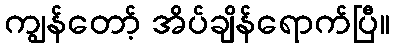
ကျွန်တော့် အိပ်ချိန်ရောက်ပြီ။